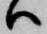
ハ